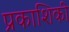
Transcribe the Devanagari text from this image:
प्रकाशिकी